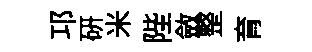
邛研米陛斂整育